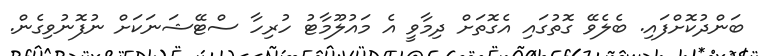
ބަންދުކޮށްފައި. ބެލެވޭ ގޮތުގައި އެގޮތަށް ދިމާވީ އެ މައުލޫމާޓު ހުރިހާ ސްޓޭޝަނަކަށް ނުފޮނުވިގެން.